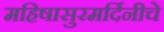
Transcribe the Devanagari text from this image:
महिषासुरमर्दिनीचे